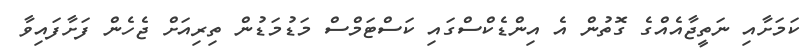
ކަމަށާއި ނަތީޖާއެއްގެ ގޮތުން އެ އިންޑެކްސްގައި ކަސްޓަމްސް މަޑުމަޑުން ތިރިއަށް ޖެހެން ފަށާފައިވާ